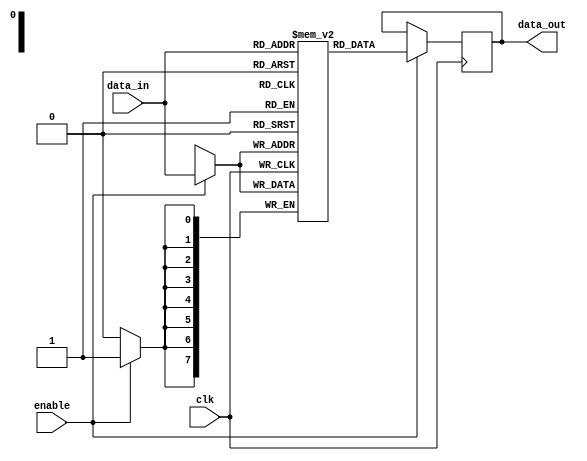
module memory_block (
    input wire clk,          // Main clock signal
    input wire enable,       // Enable signal for clock gating
    input wire [7:0] data_in, // Data input for the memory block
    output reg [7:0] data_out // Data output from the memory block
);

    reg [7:0] memory [0:255]; // 256 x 8-bit memory array

    // Memory write operation
    always @(posedge clk) begin
        if (enable) begin
            // Write data to memory when enabled
            memory[data_in[7:0]] <= data_in;
        end
    end

    // Memory read operation
    always @(posedge clk) begin
        if (enable) begin
            // Read data from memory when enabled
            data_out <= memory[data_in[7:0]];
        end
    end

endmodule